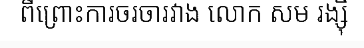
ពីព្រោះការចរចារវាង លោក សម រង្ស៊ី